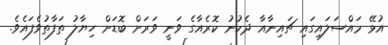
އުޅޭ މައްސަލައިގައި ޗައިނާއާ ދެކުނު ކޮރެއާގެ ވަނީ ވަަރަށް ބޮޑަށް ހިޔާލު ތަފާތުވެފައެވެ.